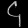
Digit: ၄